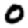
Digit: 0